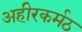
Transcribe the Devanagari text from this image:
अहीरकर्मठ